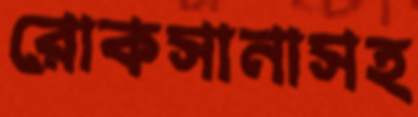
রোকসানাসহ